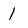
Character: 1